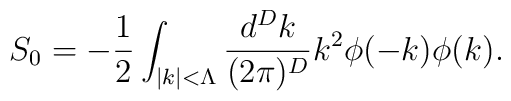
S_0=-\frac{1}{2}\int_{|k|<\Lambda}\frac{d^Dk}{(2\pi)^D}k^2\phi(-k)\phi(k).